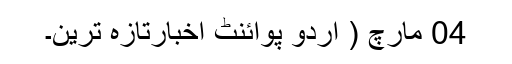
04 مارچ ( اُردو پوائنٹ اخبارتازہ ترین۔